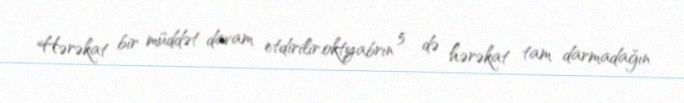
Hərəkat bir müddət davam etdirilir.oktyabrın 5 də hərəkat tam darmadağın